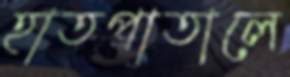
হাতপাতালে